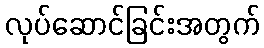
လုပ်ဆောင်ခြင်းအတွက်